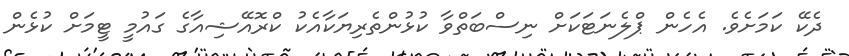
ދެކޭ ކަމަށެވެ. އެހެން ޕްލެނަޓަކަށް ނިސްބަތްވާ ކުޅުންތެރިޔަކާއެކު ކްރޮއޭޝިއާގެ ގައުމީ ޓީމަށް ކުޅެން